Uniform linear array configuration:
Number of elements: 24
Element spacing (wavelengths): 1
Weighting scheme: binomial
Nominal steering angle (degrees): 15
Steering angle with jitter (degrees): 14.05
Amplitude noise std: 0.05
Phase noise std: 0.05

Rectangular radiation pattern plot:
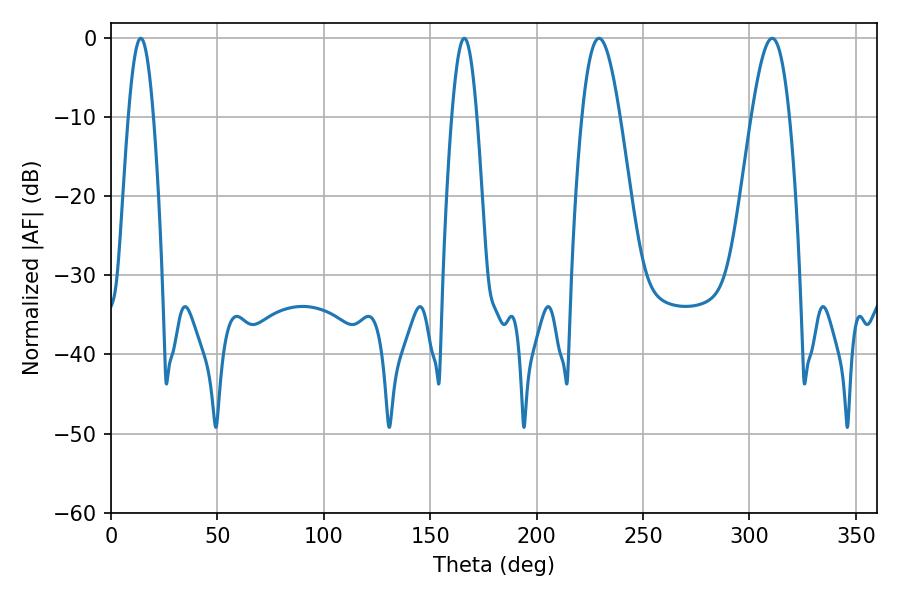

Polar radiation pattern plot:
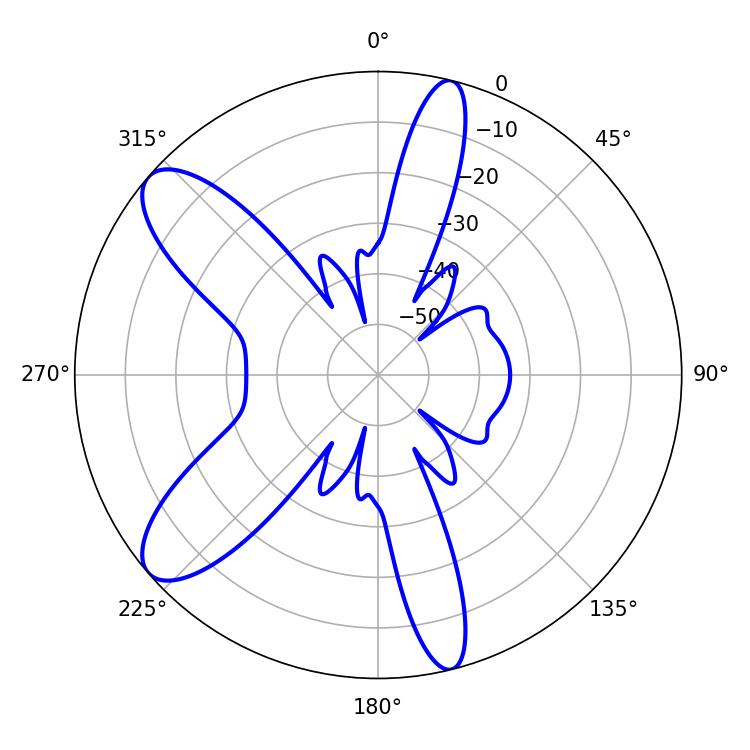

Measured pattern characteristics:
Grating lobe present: TRUE
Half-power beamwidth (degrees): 9.54
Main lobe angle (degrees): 229.32